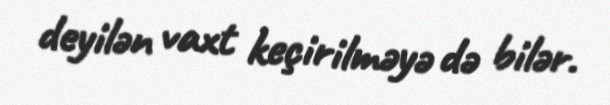
deyilən vaxt keçirilməyə də bilər.